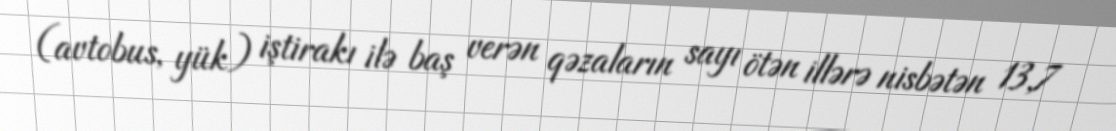
(avtobus, yük) iştirakı ilə baş verən qəzaların sayı ötən illərə nisbətən 13,7